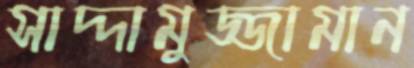
সাদ্দামুজ্জামান